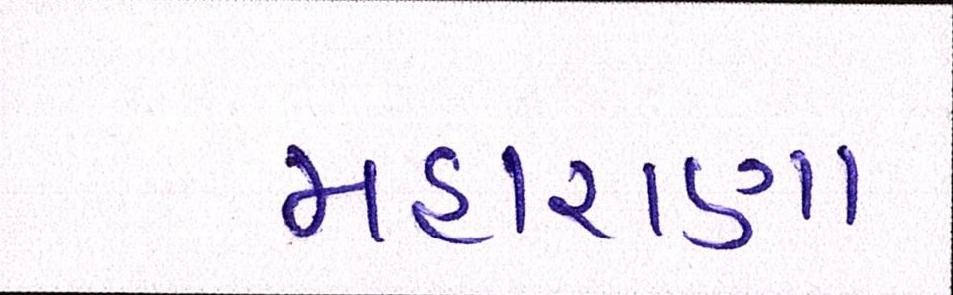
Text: મહારાણા